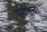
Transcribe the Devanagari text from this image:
पर्यतचा